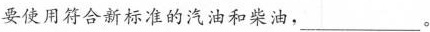
要使用符合新标准的汽油和柴油，___。